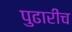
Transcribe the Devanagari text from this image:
पुढारीच